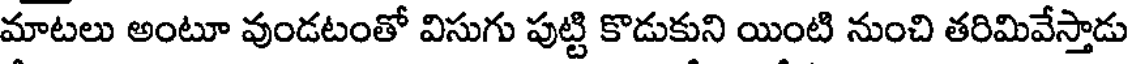
మాటలు అంటూ వుండటంతో విసుగు పుట్టి కొడుకుని యింటి నుంచి తరిమివేస్తాడు